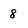
Character: 8